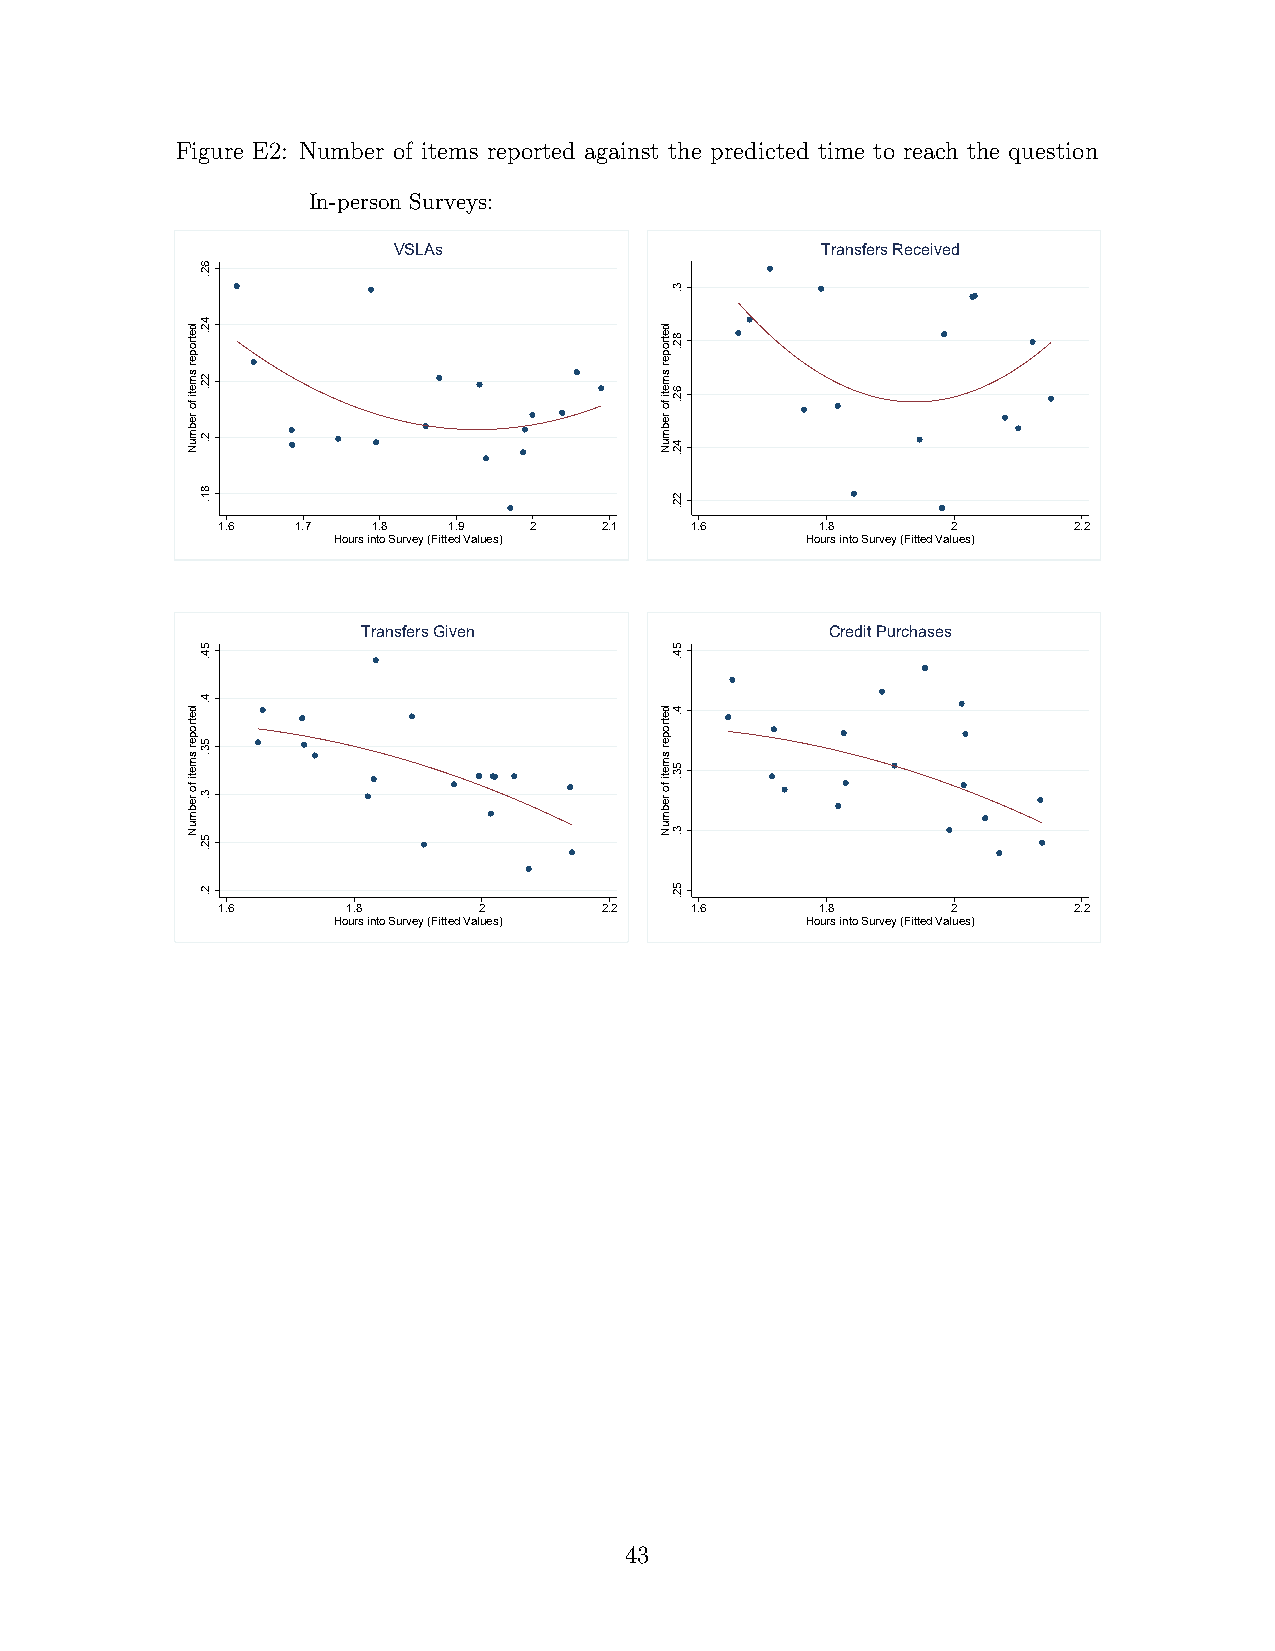
Figure E2: Number of items reported against the predicted time to reach the question
 In-person Surveys:
 VSLAs                       Transfers Received
 1.6   1.7  1.8  1.9  2    2.1   1.6     1.8      2       2.2
 Hours into Survey (Fitted Values) Hours into Survey (Fitted Values)
 Transfers Given                Credit Purchases
 1.6      1.8      2       2.2   1.6     1.8      2       2.2
 Hours into Survey (Fitted Values) Hours into Survey (Fitted Values)
 43
 detroper
 smeti
 fo
 rebmuN
 detroper
 smeti
 fo
 rebmuN
 62.
 42.
 22.
 2.
 81.
 54.
 4.
 53.
 3.
 52.
 2.
 detroper
 smeti
 fo
 rebmuN
 detroper
 smeti
 fo
 rebmuN
 3.
 82.
 62.
 42.
 22.
 54.
 4.
 53.
 3.
 52.